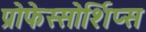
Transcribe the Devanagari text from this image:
प्रोफेस्सोर्शिप्स